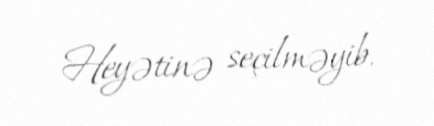
Heyətinə seçilməyib.